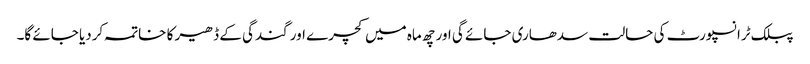
پبلک ٹرانسپورٹ کی حالت سدھاری جائے گی اور چھ ماہ میں کچرے اور گندگی کے ڈھیر کا خاتمہ کردیا جائے گا۔